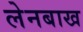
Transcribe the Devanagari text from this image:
लेनबाख